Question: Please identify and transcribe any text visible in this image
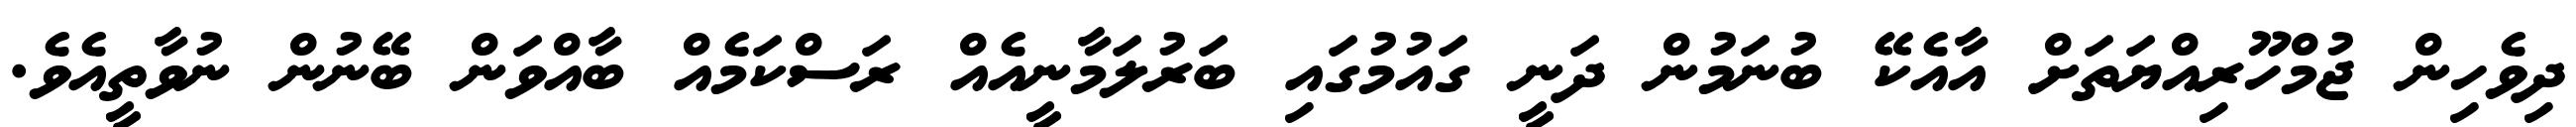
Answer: ދިވެހިން ޖުމްހޫރިއްޔަތަށް އާއެކޭ ބުނަމުން ދަނީ ގައުމުގައި ބަރުލަމާނީއެއް ރަސްކަމެއް ބާއްވަން ބޭނުން ނުވާތީއެވެ.